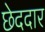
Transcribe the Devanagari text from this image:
छेददार